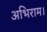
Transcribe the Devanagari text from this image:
अभिराम।